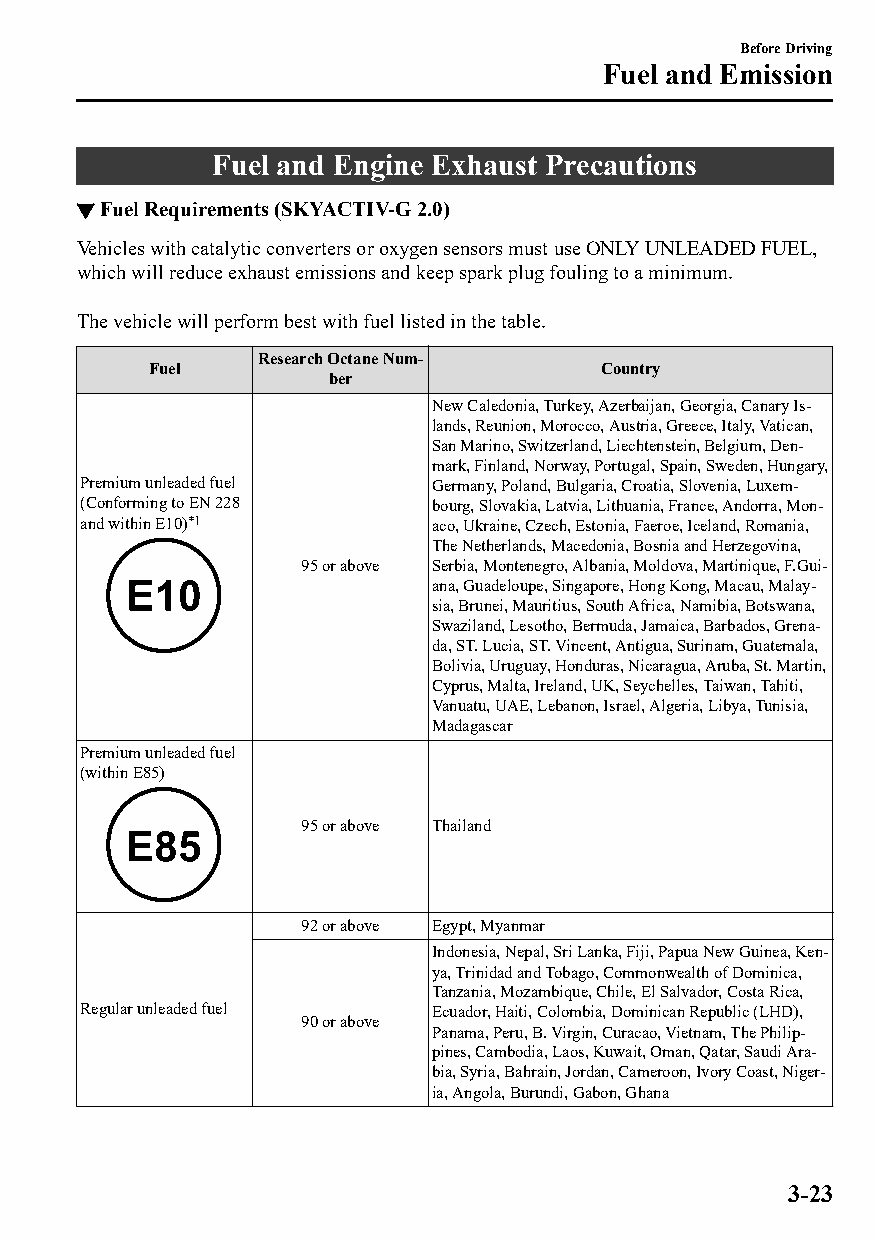
Before Driving
 Fuel and Emission
 Fuel and Engine Exhaust Precautions
 ▼Fuel Requirements (SKYACTIV-G 2.0)
 Vehicles with catalytic converters or oxygen sensors must use ONLY UNLEADED FUEL,
 which will reduce exhaust emissions and keep spark plug fouling to a minimum.
 The vehicle will perform best with fuel listed in the table.
 Research Octane Num‐
 Fuel                         Country
 ber
 New Caledonia, Turkey, Azerbaijan, Georgia, Canary Is‐
 lands, Reunion, Morocco, Austria, Greece, Italy, Vatican,
 San Marino, Switzerland, Liechtenstein, Belgium, Den‐
 mark, Finland, Norway, Portugal, Spain, Sweden, Hungary,
 Premium unleaded fuel  Germany, Poland, Bulgaria, Croatia, Slovenia, Luxem‐
 (Conforming to EN 228  bourg, Slovakia, Latvia, Lithuania, France, Andorra, Mon‐
 and within E10)*1      aco, Ukraine, Czech, Estonia, Faeroe, Iceland, Romania,
 The Netherlands, Macedonia, Bosnia and Herzegovina,
 95 or above Serbia, Montenegro, Albania, Moldova, Martinique, F.Gui‐
 ana, Guadeloupe, Singapore, Hong Kong, Macau, Malay‐
 sia, Brunei, Mauritius, South Africa, Namibia, Botswana,
 Swaziland, Lesotho, Bermuda, Jamaica, Barbados, Grena‐
 da, ST. Lucia, ST. Vincent, Antigua, Surinam, Guatemala,
 Bolivia, Uruguay, Honduras, Nicaragua, Aruba, St. Martin,
 Cyprus, Malta, Ireland, UK, Seychelles, Taiwan, Tahiti,
 Vanuatu, UAE, Lebanon, Israel, Algeria, Libya, Tunisia,
 Madagascar
 Premium unleaded fuel
 (within E85)
 95 or above Thailand
 92 or above Egypt, Myanmar
 Indonesia, Nepal, Sri Lanka, Fiji, Papua New Guinea, Ken‐
 ya, Trinidad and Tobago, Commonwealth of Dominica,
 Tanzania, Mozambique, Chile, El Salvador, Costa Rica,
 Regular unleaded fuel  Ecuador, Haiti, Colombia, Dominican Republic (LHD),
 90 or above
 Panama, Peru, B. Virgin, Curacao, Vietnam, The Philip‐
 pines, Cambodia, Laos, Kuwait, Oman, Qatar, Saudi Ara‐
 bia, Syria, Bahrain, Jordan, Cameroon, Ivory Coast, Niger‐
 ia, Angola, Burundi, Gabon, Ghana
 3-23
 CX-3_8GT4-EE-18D_Edition4                  2018-9-6 18:32:19